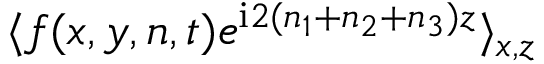
\langle f ( x , y , n , t ) e ^ { \mathrm { i } 2 ( n _ { 1 } + n _ { 2 } + n _ { 3 } ) z } \rangle _ { x , z }